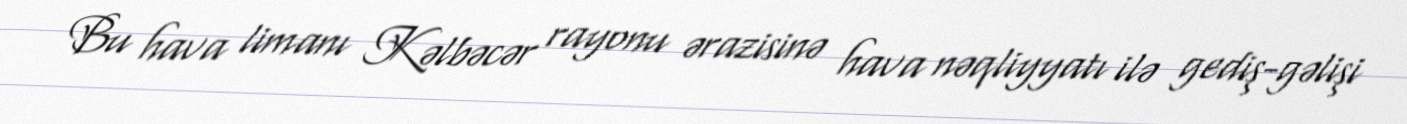
Bu hava limanı Kəlbəcər rayonu ərazisinə hava nəqliyyatı ilə gediş-gəlişi